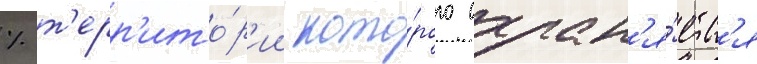
% т'ерр'ито́р'ии кото́рого охран'я́етс'я